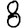
Digit: 8